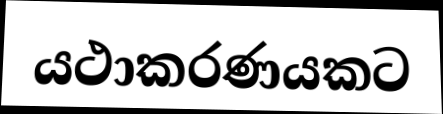
යථාකරණයකට